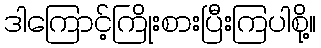
ဒါကြောင့်ကြိုးစားပြီးကြပါစို့။